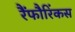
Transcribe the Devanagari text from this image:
रैंफौरिंकस